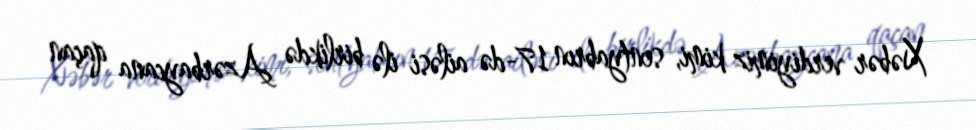
Xəbər verdiyimiz kimi, sentyabrın 17-də ailəsi ilə birlikdə Azərbaycana qaçan